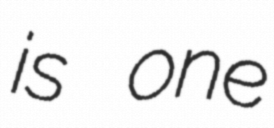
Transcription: is one